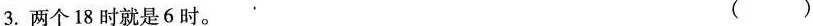
3.两个18时就是6时。 ( )